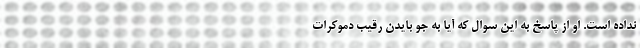
نداده است. او از پاسخ به این سوال که آیا به جو بایدن رقیب دموکرات